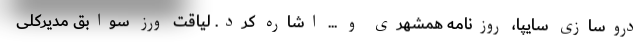
دروسازی سایپا، روزنامه همشهری و ... اشاره کرد. لیاقت ورز سوابق مدیرکلی